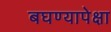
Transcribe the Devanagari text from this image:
बघण्यापेक्षा